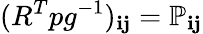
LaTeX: (R^{T}pg^{-1})_{\mathbf{i}\mathbf{j}}={\mathbb{P}}_{\mathbf{i}\mathbf{j}}